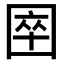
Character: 𡇻